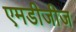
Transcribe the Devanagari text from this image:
एमडीजीज